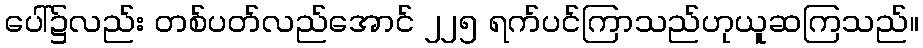
ပေါ်၌လည်း တစ်ပတ်လည်အောင် ၂၂၅ ရက်ပင်ကြာသည်ဟုယူဆကြသည်။